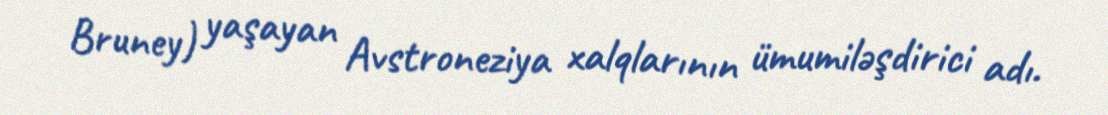
Bruney) yaşayan Avstroneziya xalqlarının ümumiləşdirici adı.